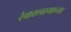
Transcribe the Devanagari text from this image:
रंकालायाच्या